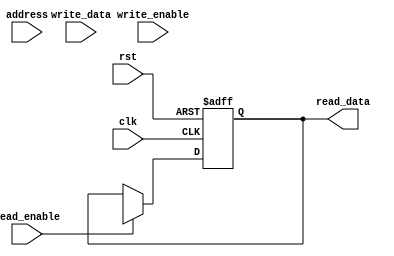
module multi_bank_sram #(
    parameter BANKS = 4,      // Number of banks
    parameter ADDR_WIDTH = 8, // Address width (including bank select)
    parameter DATA_WIDTH = 16, // Data width
    parameter BANK_SIZE = 256  // Number of cells per bank
)(
    input wire clk,
    input wire rst,
    input wire [ADDR_WIDTH-1:0] address, // Address input (includes bank select)
    input wire [DATA_WIDTH-1:0] write_data, // Data input for write operations
    input wire read_enable, // Read enable signal
    input wire write_enable, // Write enable signal
    output reg [DATA_WIDTH-1:0] read_data // Data output for read operations
);

    // Memory array definition: 2D array for banks
    reg [DATA_WIDTH-1:0] memory [0:BANKS-1][0:BANK_SIZE-1];

    // Address decoding logic
    wire [ADDR_WIDTH - 1 - $clog2(BANK_SIZE) - 1:0] bank_addr;
    wire [$clog2(BANK_SIZE)-1:0] cell_addr;
    assign bank_addr = address[ADDR_WIDTH-1:$clog2(BANK_SIZE)];
    assign cell_addr = address[$clog2(BANK_SIZE)-1:0];

    always @(posedge clk or posedge rst) begin
        if (rst) begin
            read_data <= 0; // Reset read data
        end else begin
            if (write_enable) begin
                // Write operation
                memory[bank_addr][cell_addr] <= write_data;
            end
            if (read_enable) begin
                // Read operation
                read_data <= memory[bank_addr][cell_addr];
            end
        end
    end

endmodule